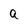
Character: a